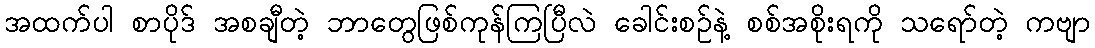
အထက်ပါ စာပိုဒ် အစချီတဲ့ ဘာတွေဖြစ်ကုန်ကြပြီလဲ ခေါင်းစဉ်နဲ့ စစ်အစိုးရကို သရော်တဲ့ ကဗျာ